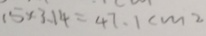
1 5 \times 3 . 1 4 = 4 7 . 1 c m ^ { 2 }